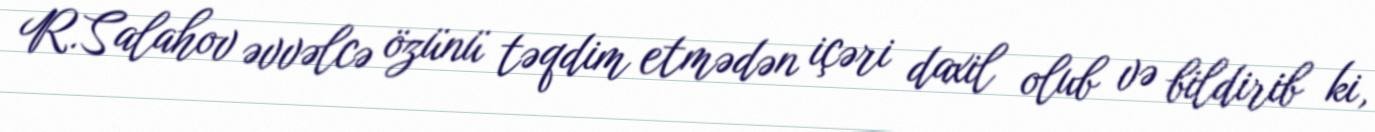
R.Salahov əvvəlcə özünü təqdim etmədən içəri daxil olub və bildirib ki,